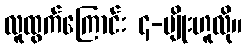
လူထွက်ကြောင်း ၄-မျိုးဟူလို။